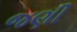
જણી